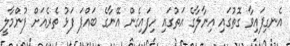
އެނގިފައިވާ ގޮތުގައި އިނާލާގެ އަތުގައި ހިފައިގެން އޭނާގެ ބައްޕަ ފަޅު ތެރެއަށް ފުންމާލީ